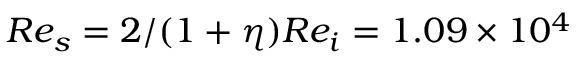
R e _ { s } = 2 / ( 1 + \eta ) R e _ { i } = 1 . 0 9 \times 1 0 ^ { 4 }